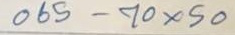
065 - 70 x 50